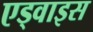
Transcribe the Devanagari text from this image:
एड्वाइस